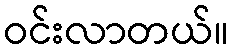
ဝင်းလာတယ်။